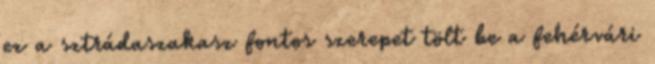
ez a sztrádaszakasz fontos szerepet tölt be a fehérvári